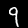
Digit: 9